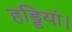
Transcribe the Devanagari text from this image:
हड्डियां।